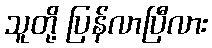
သူတို့ ပြန်လာပြီလား